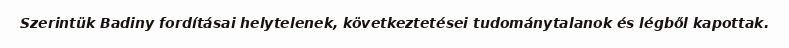
Szerintük Badiny fordításai helytelenek, következtetései tudománytalanok és légből kapottak.